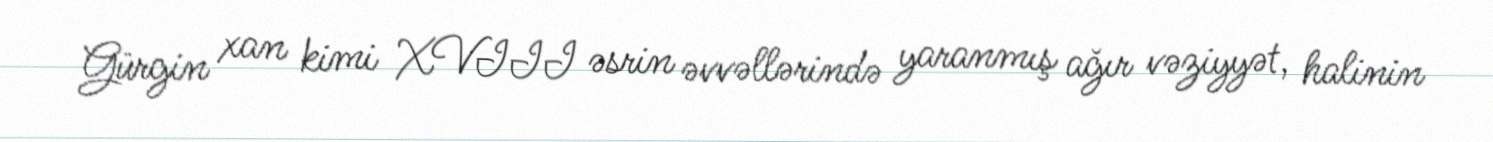
Gürgin xan kimi XVIII əsrin əvvəllərində yaranmış ağır vəziyyət, halinin